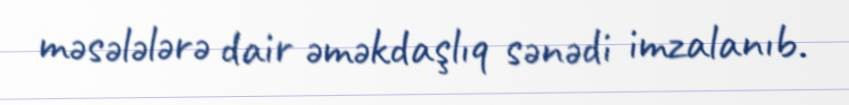
məsələlərə dair əməkdaşlıq sənədi imzalanıb.